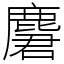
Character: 麏